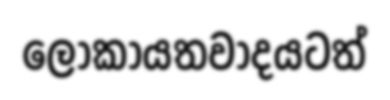
ලෝකායතවාදයටත්